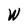
Character: W